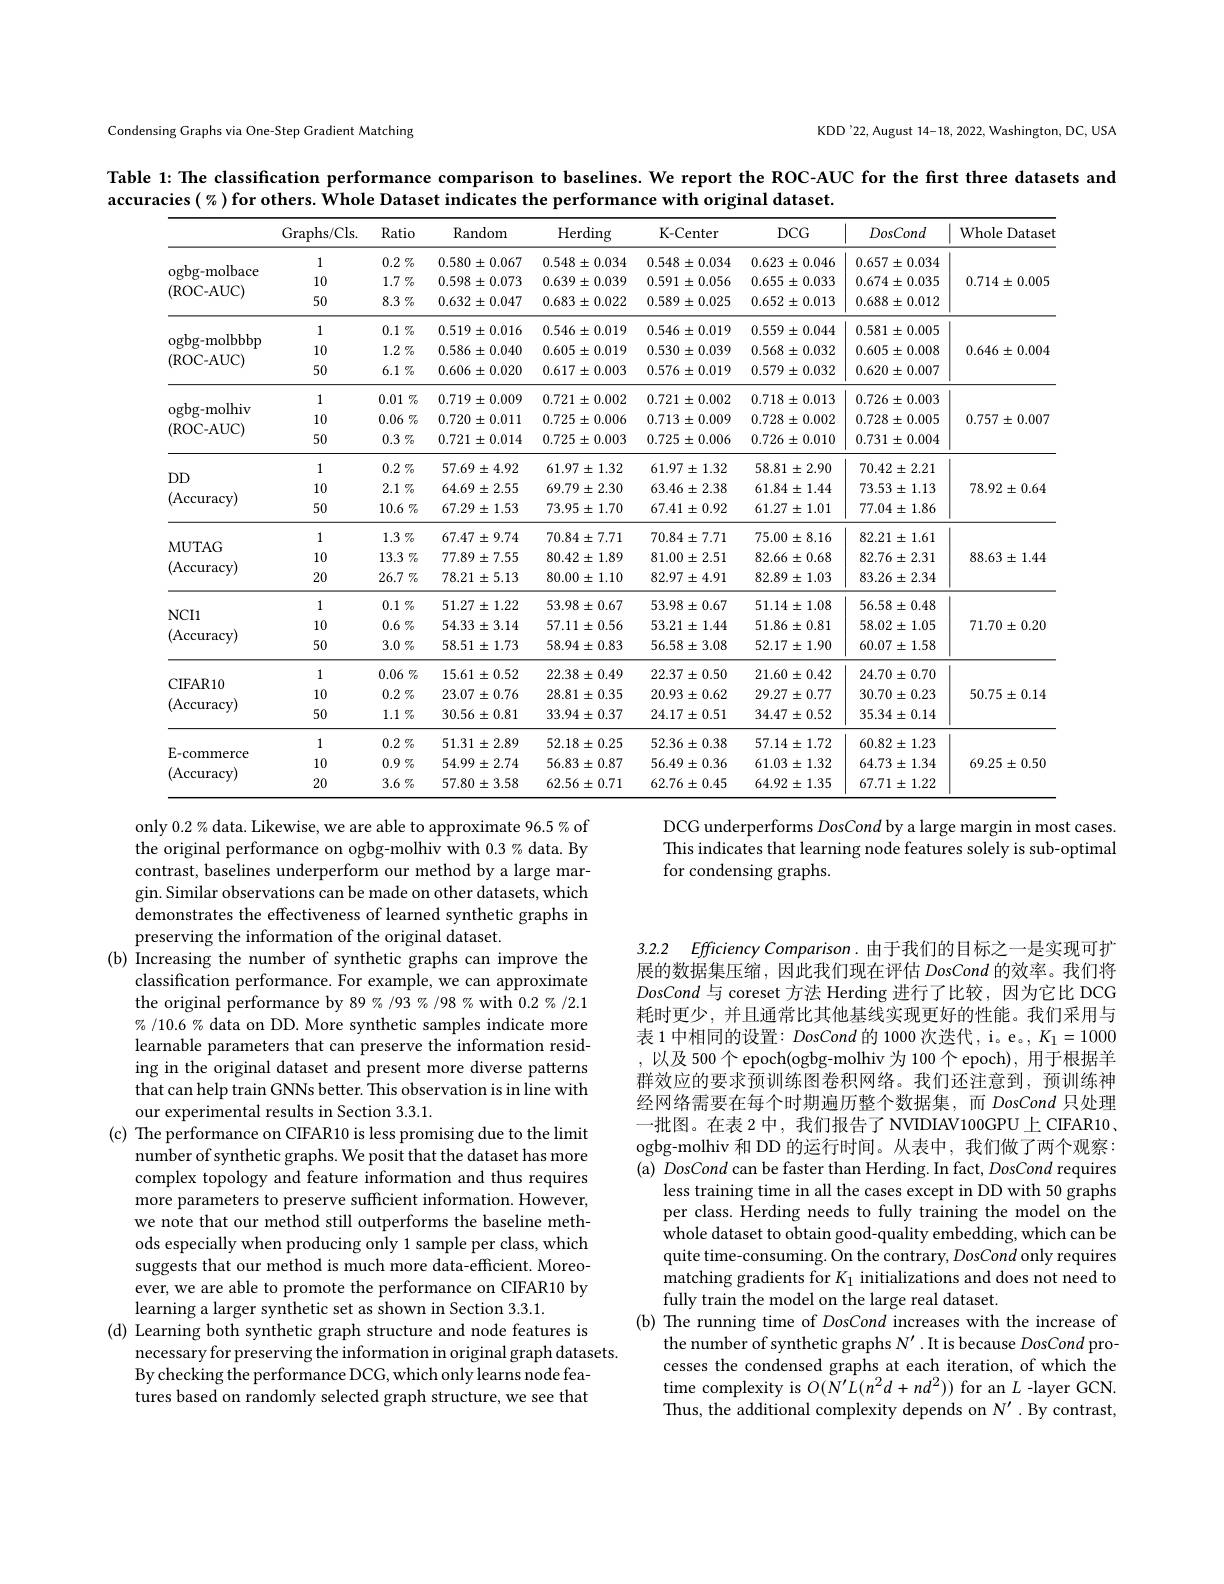
Condensing Graphs via One-Step Gradient Matching

KDD'22, August 14-18, 2022, Washington, DC, USA

Table 1: The classification performance comparison to baselines. We report the ROC-AUC for the first three datasets and
accuracies $(\%)$for others. Whole Dataset indicates the performance with original dataset.
<table>
	<tbody>
		<tr>
			<th> </th>
			<th>Graphs/ Cls. </th>
			<th>Ratio</th>
			<th>$\operatorname{Random}$</th>
			<th>Herding</th>
			<th>K-Center</th>
			<th>$DCG$</th>
			<th>DosCond</th>
			<th>Whole Dataset</th>
		</tr>
		<tr>
			<td rowspan="3">ogbg- molbace (ROC- AUC)</td>
			<td>1</td>
			<td>$0.2\%$</td>
			<td>$0.580\pm0.067$</td>
			<td>$0.548\pm0.034$</td>
			<td>$0.548\pm0.034$</td>
			<td>$0.623\pm0.046$</td>
			<td>$0.657\pm0.034$</td>
			<td rowspan="3">$0.714\pm0.005$</td>
		</tr>
		<tr>
			<td>10</td>
			<td>$1.7\%$</td>
			<td>$0.598\pm0.073$</td>
			<td>$0.639\pm0.039$</td>
			<td>$0.591\pm0.056$</td>
			<td>$0.655\pm0.033$</td>
			<td>$0.674\pm0.035$</td>
		</tr>
		<tr>
			<td>50</td>
			<td>$8.3\%$</td>
			<td>$0.632\pm0.047$</td>
			<td>$0.683\pm0.022$</td>
			<td>$0.589\pm0.025$</td>
			<td>$0.652\pm0.013$</td>
			<td>$0.688\pm0.012$</td>
		</tr>
		<tr>
			<td rowspan="3">ogbg- molbbbp (ROC- AUC)</td>
			<td>1</td>
			<td>$0.1\%$</td>
			<td>$0.519\pm0.016$</td>
			<td>$0.546\pm0.019$</td>
			<td>$0.546\pm0.019$</td>
			<td>$0.559\pm0.044$</td>
			<td>$0.581\pm0.005$</td>
			<td rowspan="3">$0.646\pm0.004$</td>
		</tr>
		<tr>
			<td>10</td>
			<td>$1.2\%$</td>
			<td>$0.586\pm0.040$</td>
			<td>$0.605\pm0.019$</td>
			<td>$0.530\pm0.039$</td>
			<td>$0.568\pm0.032$</td>
			<td>$0.605\pm0.008$</td>
		</tr>
		<tr>
			<td>50</td>
			<td>$6.1\%$</td>
			<td>$0.606\pm0.020$</td>
			<td>$0.617\pm0.003$</td>
			<td>$0.576\pm0.019$</td>
			<td>$0.579\pm0.032$</td>
			<td>$0.620\pm0.007$</td>
		</tr>
		<tr>
			<td rowspan="3">ogbg- molhiv (ROC- AUC)</td>
			<td>1</td>
			<td>$0.01\%$</td>
			<td>$0.719\pm0.009$</td>
			<td>$0.721\pm0.002$</td>
			<td>$0.721\pm0.002$</td>
			<td>$0.718\pm0.013$</td>
			<td>$0.726\pm0.003$</td>
			<td rowspan="3">$0.757\pm0.007$</td>
		</tr>
		<tr>
			<td>10</td>
			<td>$0.06\%$</td>
			<td>$0.720\pm0.011$</td>
			<td>$0.725\pm0.006$</td>
			<td>$0.713\pm0.009$</td>
			<td>$0.728\pm0.002$</td>
			<td>$0.728\pm0.005$</td>
		</tr>
		<tr>
			<td>50</td>
			<td>$0.3\%$</td>
			<td>$0.721\pm0.014$</td>
			<td>$0.725\pm0.003$</td>
			<td>$0.725\pm0.006$</td>
			<td>$0.726\pm0.010$</td>
			<td>$0.731\pm0.004$</td>
		</tr>
		<tr>
			<td rowspan="3">$DD$ (Accuracy)</td>
			<td>1</td>
			<td>$0.2\%$</td>
			<td>$57.69\pm4.92$</td>
			<td>$61.97\pm1.32$</td>
			<td>$61.97\pm1.32$</td>
			<td>$58.81\pm2.90$</td>
			<td>$70.42\pm2.21$</td>
			<td rowspan="3">$78.92\pm0.64$</td>
		</tr>
		<tr>
			<td>10</td>
			<td>$2.1\%$</td>
			<td>$$64.69\pm2.55$$</td>
			<td>$69.79\pm2.30$</td>
			<td>$63.46\pm2.38$</td>
			<td>$61.84\pm1.44$</td>
			<td>$73.53\pm1.13$</td>
		</tr>
		<tr>
			<td>50</td>
			<td>$10.6\%$</td>
			<td>$67.29\pm1.53$</td>
			<td>$73.95\pm1.70$</td>
			<td>$67.41\pm0.92$</td>
			<td>$61.27\pm1.01$</td>
			<td>$77.04\pm1.86$</td>
		</tr>
		<tr>
			<td rowspan="3">$MUTAG$ (Accuracy)</td>
			<td>1</td>
			<td>$1.3\%$</td>
			<td>$67.47\pm9.74$</td>
			<td>$70.84\pm7.71$</td>
			<td>$70.84\pm7.71$</td>
			<td>$75.00\pm8.16$</td>
			<td>$82.21\pm1.61$</td>
			<td rowspan="3">$88.63\pm1.44$</td>
		</tr>
		<tr>
			<td>10</td>
			<td>$13.3\%$</td>
			<td>$77.89\pm7.55$</td>
			<td>$80.42\pm1.89$</td>
			<td>$81.00\pm2.51$</td>
			<td>$82.66\pm0.68$</td>
			<td>$82.76\pm2.31$</td>
		</tr>
		<tr>
			<td>20</td>
			<td>26.7 $\%$</td>
			<td>$78.21\pm5.13$</td>
			<td>$80.00\pm1.10$</td>
			<td>$82.97\pm4.91$</td>
			<td>$82.89\pm1.03$</td>
			<td>$83.26\pm2.34$</td>
		</tr>
		<tr>
			<td rowspan="3">$NCI1$ (Accuracy)</td>
			<td>1</td>
			<td>$0.1\%$</td>
			<td>$51.27\pm1.22$</td>
			<td>$53.98\pm0.67$</td>
			<td>$53.98\pm0.67$</td>
			<td>$51.14\pm1.08$</td>
			<td>$56.58\pm0.48$</td>
			<td rowspan="3">$71.70\pm0.20$</td>
		</tr>
		<tr>
			<td>10</td>
			<td>$0.6\%$</td>
			<td>$54.33\pm3.14$</td>
			<td>$57.11\pm0.56$</td>
			<td>$53.21\pm1.44$</td>
			<td>$51.86\pm0.81$</td>
			<td>$58.02\pm1.05$</td>
		</tr>
		<tr>
			<td>50</td>
			<td>$3.0\%$</td>
			<td>$58.51\pm1.73$</td>
			<td>$58.94\pm0.83$</td>
			<td>$56.58\pm3.08$</td>
			<td>$52.17\pm1.90$</td>
			<td>$60.07\pm1.58$</td>
		</tr>
		<tr>
			<td rowspan="3">CIFAR10 (Accuracy)</td>
			<td>1</td>
			<td>$0.06\%$</td>
			<td>$15.61\pm0.52$</td>
			<td>$22.38\pm0.49$</td>
			<td>$22.37\pm0.50$</td>
			<td>$21.60\pm0.42$</td>
			<td>$24.70\pm0.70$</td>
			<td rowspan="3">$50.75\pm0.14$</td>
		</tr>
		<tr>
			<td>10</td>
			<td>$0.2\%$</td>
			<td>$23.07\pm0.76$</td>
			<td>$28.81\pm0.35$</td>
			<td>$20.93\pm0.62$</td>
			<td>$29.27\pm0.77$</td>
			<td>$30.70\pm0.23$</td>
		</tr>
		<tr>
			<td></td>
			<td>$1.1\%$</td>
			<td>$30.56\pm0.81$</td>
			<td>$33.94\pm0.37$</td>
			<td>$24.17\pm0.51$</td>
			<td>$34.47\pm0.52$</td>
			<td>$35.34\pm0.14$</td>
		</tr>
		<tr>
			<td rowspan="3">E- commerce (Accuracy)</td>
			<td>1</td>
			<td>$0.2\%$</td>
			<td>$51.31\pm2.89$</td>
			<td>$52.18\pm0.25$</td>
			<td>$52.36\pm0.38$</td>
			<td>$57.14\pm1.72$</td>
			<td>$60.82\pm1.23$</td>
			<td rowspan="3">$69.25\pm0.50$</td>
		</tr>
		<tr>
			<td>10</td>
			<td>$0.9\%$</td>
			<td>$54.99\pm2.74$</td>
			<td>$56.83\pm0.87$</td>
			<td>$56.49\pm0.36$</td>
			<td>$61.03\pm1.32$</td>
			<td>$64.73\pm1.34$</td>
		</tr>
		<tr>
			<td>20</td>
			<td>$3.6\%$</td>
			<td>$57.80\pm3.58$</td>
			<td>$62.56\pm0.71$</td>
			<td>$62.76\pm0.45$</td>
			<td>$64.92\pm1.35$</td>
			<td>$67.71\pm1.22$</td>
		</tr>
	</tbody>
</table>

DCG underperforms DosCond by a large margin in most cases. This indicates that learning node features solely is sub-optimal for condensing graphs.

3.2.2 Efficiency Comparison. 由于我们的目标之一是实现可扩

only 0.2% data. Likewise, we are able to approximate 96.5% of the original performance on ogbg-molhiv with 0.3% data. By contrast, baselines underperform our method by a large margin. Similar observations can be made on other datasets, which demonstrates the effectiveness of learned synthetic graphs in preserving the information of the original dataset.
(b) Increasing the number of synthetic graphs can improve the
classification performance. For example, we can approximate the original performance by 89%/93%/98% with 0.2%/2.1 % /10.6 % data on DD. More synthetic samples indicate more learnable parameters that can preserve the information residing in the original dataset and present more diverse patterns that can help train GNNs better. This observation is in line with our experimental results in Section 3.3.1.
(c) The performance on CIFAR10 is less promising due to the limit
number of synthetic graphs. We posit that the dataset has more complex topology and feature information and thus requires more parameters to preserve sufficient information. However, we note that our method still outperforms the baseline methods especially when producing only 1 sample per class, which suggests that our method is much more data-efficient. Moreoever, we are able to promote the performance on CIFAR10 by learning a larger synthetic set as shown in Section 3.3.1.
(d) Learning both synthetic graph structure and node features is
necessary for preserving the information in original graph datasets.
By checking the performance DCG, which only learns node features based on randomly selected graph structure, we see that

展的数据集压缩，因此我们现在评估 DosCond 的效率。我们将DosCond与 coreset 方法 Herding 进行了比较，因为它比 DCG 耗时更少，并且通常比其他基线实现更好的性能。我们采用与表 1 中相同的设置：DosCond 的 1000 次迭代，i。e。, $K_1=1000$ ,以及500个epoch(ogbg-molhiv为100个epoch),用于根据羊群效应的要求预训练图卷积网络。我们还注意到，预训练神经网络需要在每个时期遍历整个数据集，而DosCond只处理一批图。在表 2 中，我们报告了 NVIDIAV100GPU 上 CIFAR10、
ogbg-molhiv 和 DD 的运行时间。从表中，我们做了两个观察： (a) DosCond can be faster than Herding. In fact, DosCond requires
less training time in all the cases except in DD with 50 graphs per class. Herding needs to fully training the model on the whole dataset to obtain good-quality embedding, which can be quite time-consuming. On the contrary, DosCond only requires matching gradients for $K_1$ initializations and does not need to fully train the model on the large real dataset.
(b) The running time of DosCond increases with the increase of
the number of synthetic graphs $N^\prime.$ It is because DosCond processes the condensed graphs at each iteration, of which the time complexity is $O(N^{\prime}\hat{L}(n^{2}d+nd^{2}))$ for an $L$ -layer GCN. Thus, the additional complexity depends on $N^\prime$ .By contrast,